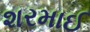
શરમાઈ